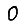
Digit: 0